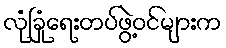
လုံခြုံရေးတပ်ဖွဲ့ဝင်များက